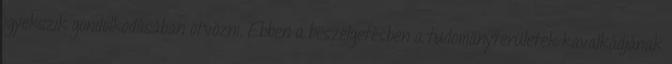
igyekszik gondolkodásában ötvözni. Ebben a beszélgetésben a tudományterületek kavalkádjának